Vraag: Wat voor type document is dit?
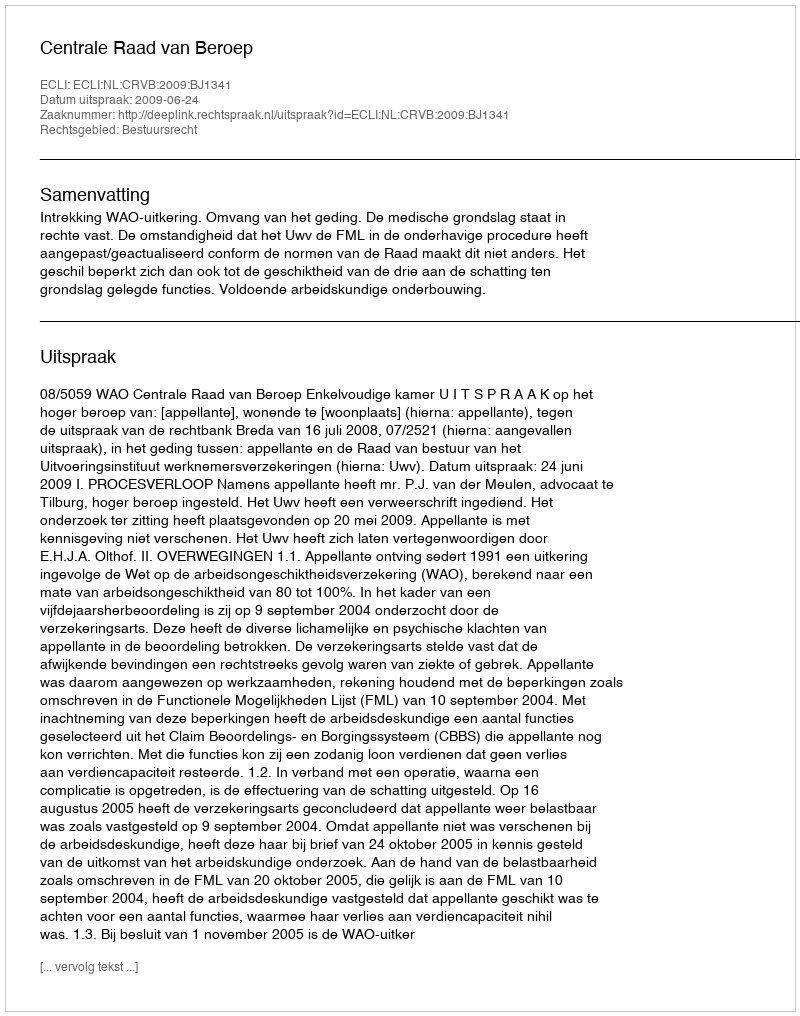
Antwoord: Uitspraak